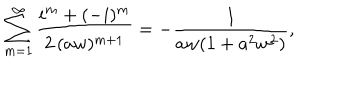
LaTeX: \sum _ { m = 1 } ^ { \infty } \frac { i ^ { m } + ( - i ) ^ { m } } { 2 \, ( a w ) ^ { m + 1 } } = - \frac { 1 } { a w ( 1 + a ^ { 2 } w ^ { 2 } ) } ,